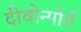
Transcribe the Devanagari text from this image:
दीवोन्पोर्त